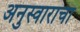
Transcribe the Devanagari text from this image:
अनुस्वाराचा